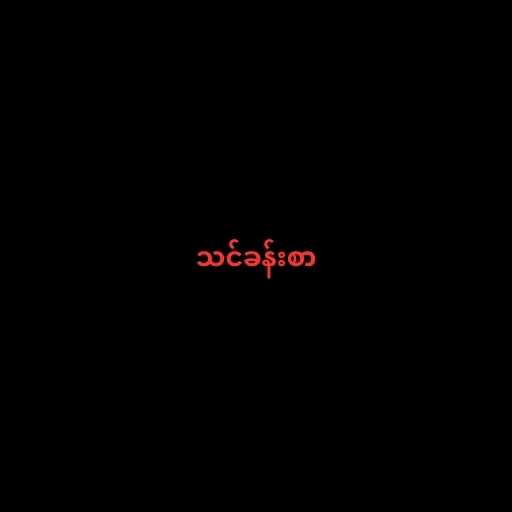
သင်ခန်းစာ